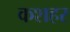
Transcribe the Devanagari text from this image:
कशहर